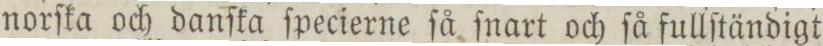
norſka och danſka ſpecierne ſå ſnart och ſå fullſtändigt